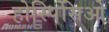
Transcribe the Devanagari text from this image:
होस्पिसिओ